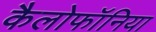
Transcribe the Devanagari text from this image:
कैलोफॉनिया